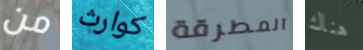
من كوارث المطرقة هناك